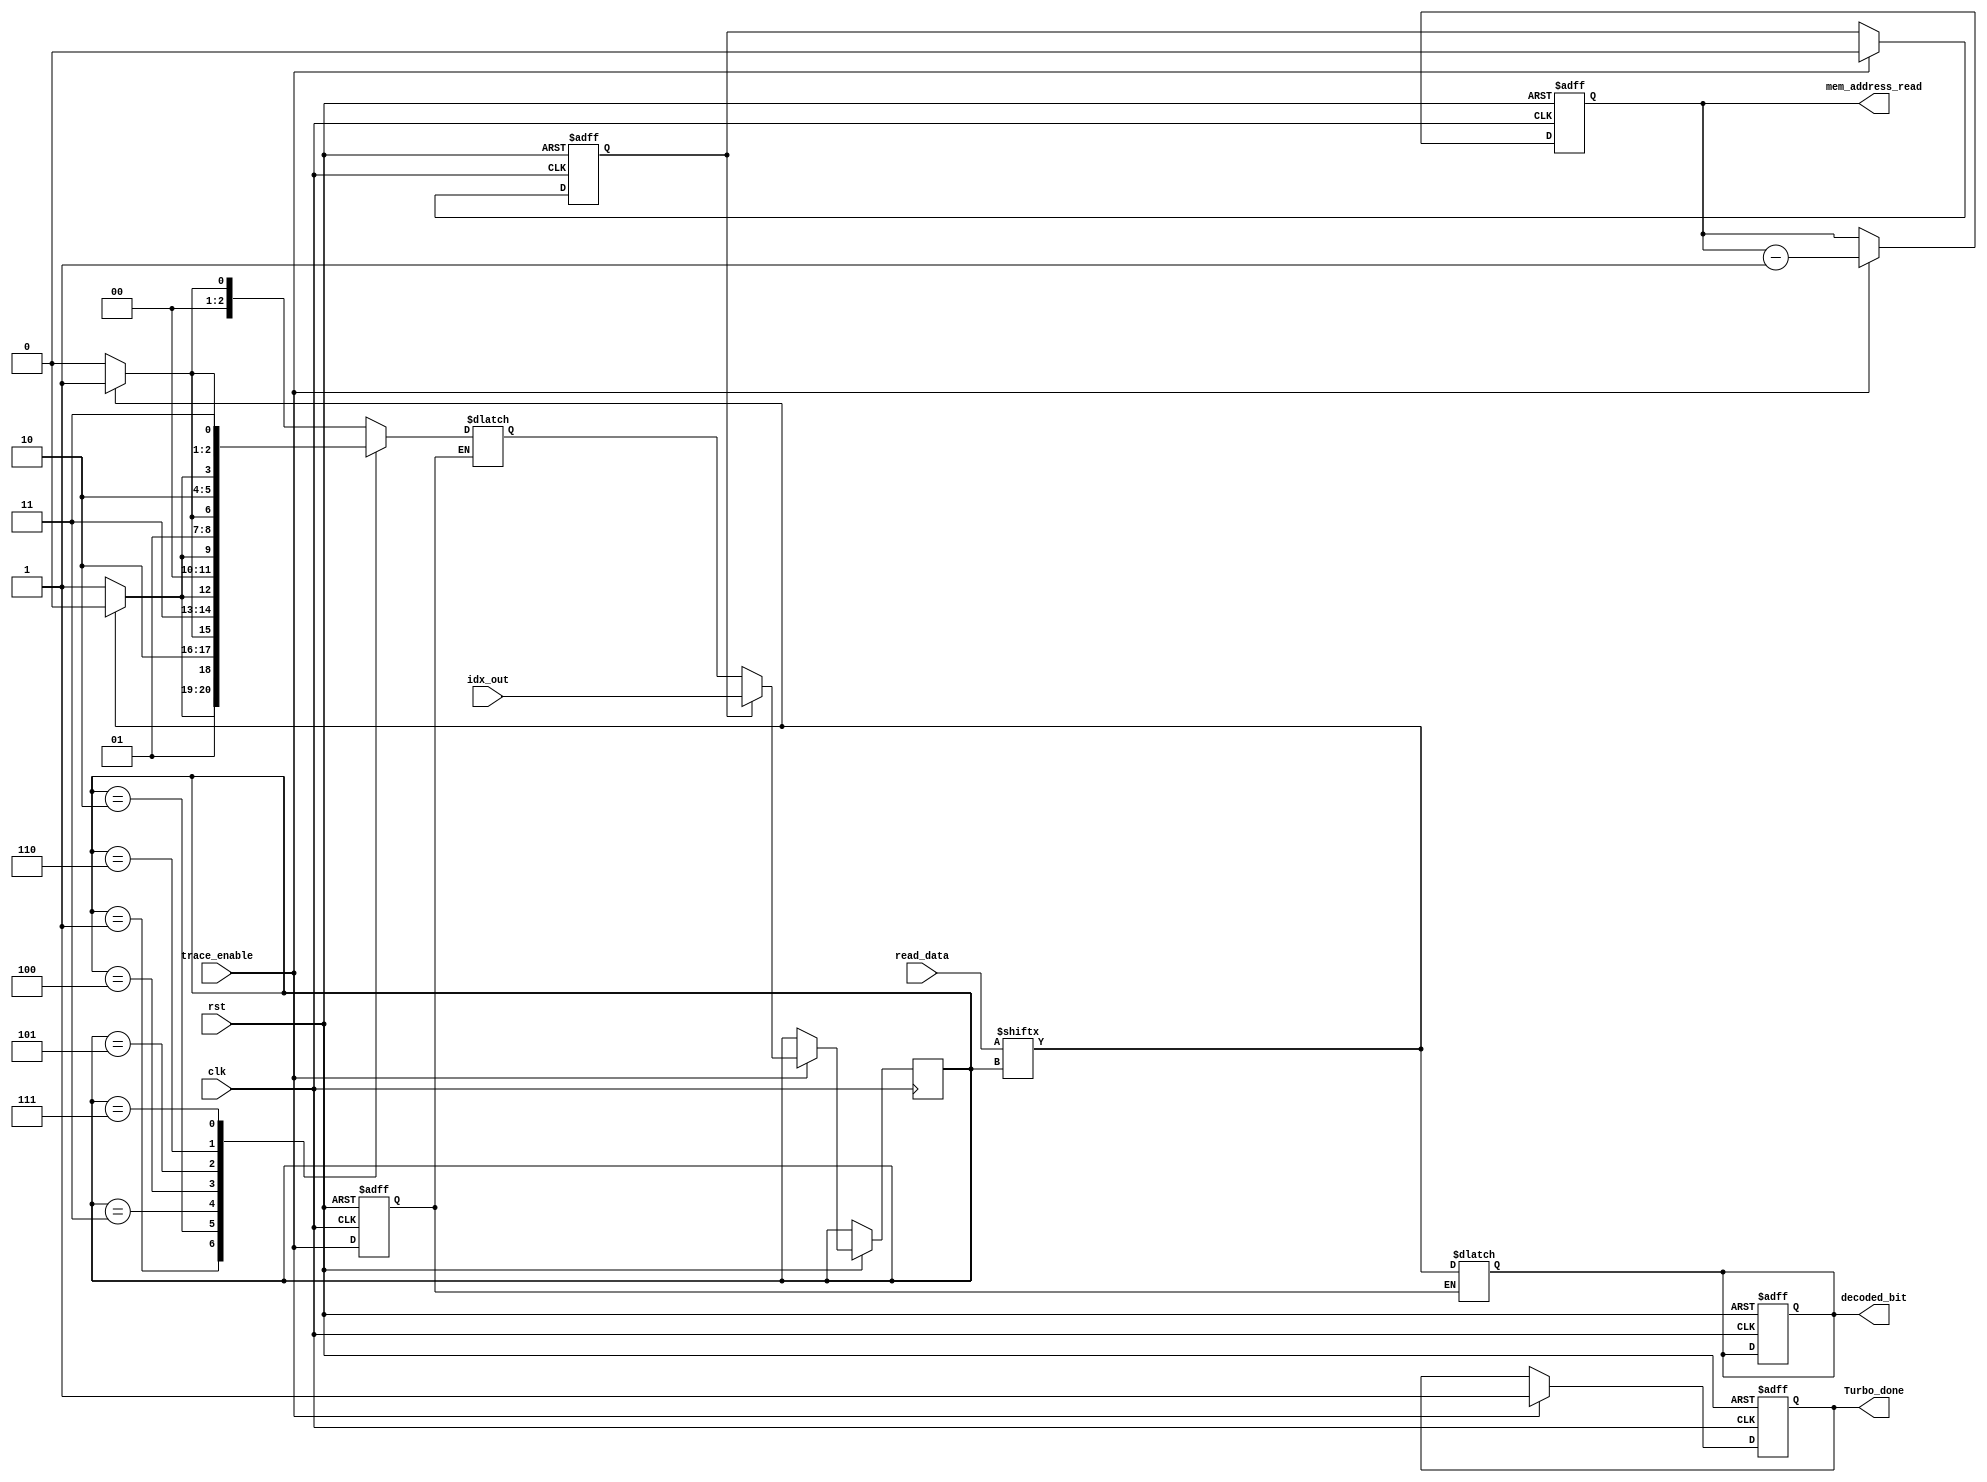
module trace_back(
    input wire  clk,
    input wire  rst,
    input wire trace_enable,
    input wire [2:0] idx_out,
    input wire [7:0] read_data,

    output reg [5:0] mem_address_read,
    output reg       decoded_bit,
	output reg Turbo_done

);

//wire [2:0] index_start 
//address counter 
reg [2:0] next_idx,current_idx;
reg start_flag;
reg trace_enable_reg;

//reg wasted_flag;
//reg [5:0] next_mem_address_read;

always @ (posedge clk or negedge rst)
 begin
  if(!rst)
   begin
    mem_address_read  <= 6'b111111 ;
    //next_mem_address_read <=6'b000000;
   end
  else if(trace_enable)
   begin
        mem_address_read =  mem_address_read-1;

   end
 end

always @ (posedge clk or negedge rst)
 begin
  if(!rst)
   begin
    decoded_bit  <= 1'b0;
    start_flag <=1'b1;
	Turbo_done <= 1'b0;
    //wasted_flag <=1'b1;
   end
  else if(trace_enable)  
   begin
    if(start_flag)begin

        start_flag <=0;
        current_idx <=idx_out;
		Turbo_done <= 1'b1;
		
    end
    else
    begin
        current_idx <= next_idx;
		Turbo_done <= 1'b1;
    end
   
   end
 end

 always @(posedge clk,negedge rst ) begin
    if(!rst)
    trace_enable_reg <= 0;
    else
    trace_enable_reg <= trace_enable;
 end

 always @*
begin

if(trace_enable_reg) 
begin
decoded_bit = read_data[current_idx];
case (current_idx)
    0: next_idx = (decoded_bit)? 1:0 ;
    1: next_idx = (decoded_bit)? 2:3 ; 
    2: next_idx = (decoded_bit)? 5:4 ;
    3: next_idx = (decoded_bit)? 6:7 ;
    4: next_idx = (decoded_bit)? 0:1 ;
    5: next_idx = (decoded_bit)? 3:2 ;
    6: next_idx = (decoded_bit)? 4:5 ;
    7: next_idx = (decoded_bit)? 7:6 ; 
endcase
end
end

endmodule